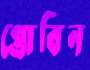
প্রোবিন